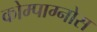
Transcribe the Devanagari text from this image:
कोम्पाग्नोस